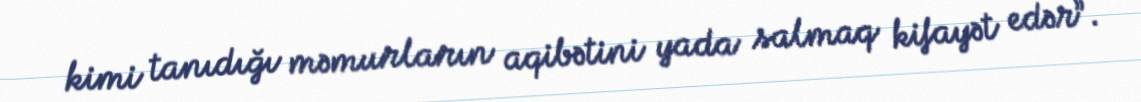
kimi tanıdığı məmurların aqibətini yada salmaq kifayət edər”.